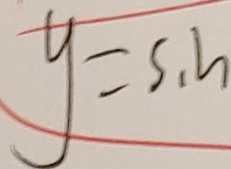
y = s _ { 1 } h